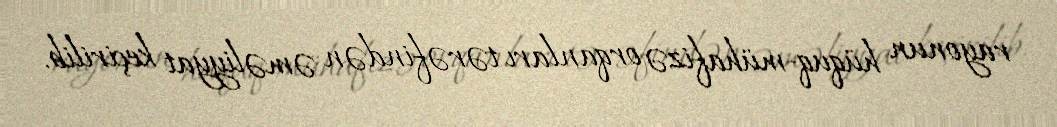
rayonun hüquq-mühafizə orqanları tərəfindən əməliyyat keçirilib.